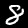
Digit: 8